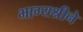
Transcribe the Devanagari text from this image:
भाग्यश्रीने